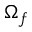
\Omega _ { f }